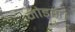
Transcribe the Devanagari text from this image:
नोड्स।